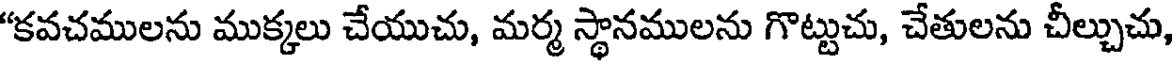
"కవచములను ముక్కలు చేయుచు, మర్మ స్థానములను గొట్టుచు, చేతులను చీల్చుచు,